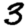
Digit: 3